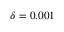
\delta = 0 . 0 0 1